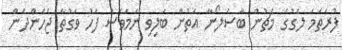
ފުރަތަމަ ލެގުގެ މެޗުން ބާސެލޯނާ އަތުން ބަލިވި ނަމަވެސް ފަހު ވަގުތާ ޖެހެންދެން